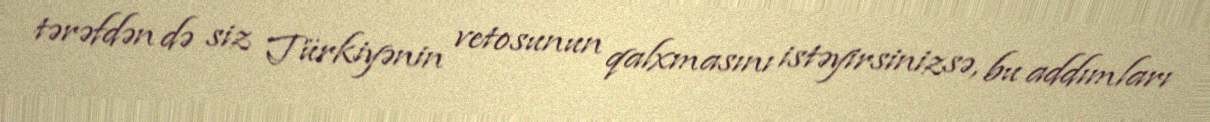
tərəfdən də siz Türkiyənin vetosunun qalxmasını istəyirsinizsə, bu addımları